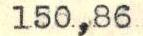
150,86